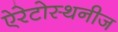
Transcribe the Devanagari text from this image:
ऐरेटोस्थनीज